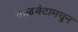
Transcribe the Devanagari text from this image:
वाळवंटामधून